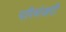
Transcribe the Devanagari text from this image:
परिमंजरी